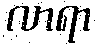
လာရာ